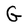
Character: G